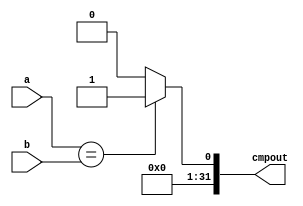
`timescale 1ns / 1ps

module CMP(a,b,cmpout);
input [31:0]a,b;
output [31:0] cmpout;
assign cmpout=(a==b)?32'h1:32'h0;

endmodule